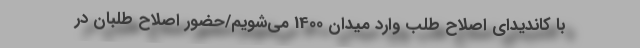
با کاندیدای اصلاح‌ طلب وارد میدان 1400 می‌شویم/حضور اصلاح‌ طلبان در